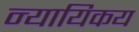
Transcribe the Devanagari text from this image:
न्यायिकय